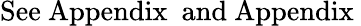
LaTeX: \mathrm{See\ Appendix\ \ and\ Appendix\ }